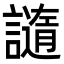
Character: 䜔